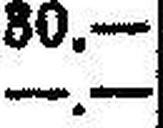
—.—